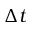
\Delta t